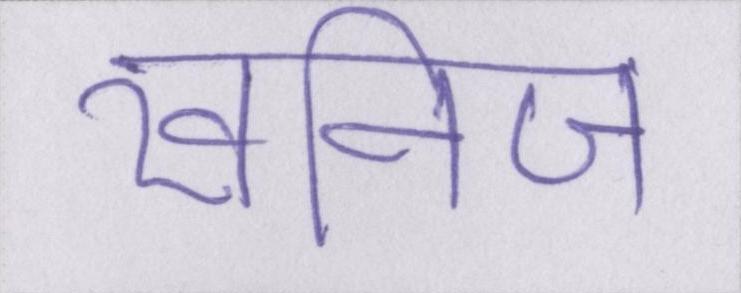
खनिज